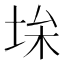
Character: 𡋠